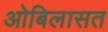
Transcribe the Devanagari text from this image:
ओबिलासत